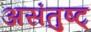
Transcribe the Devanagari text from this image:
असंतुष्ट्